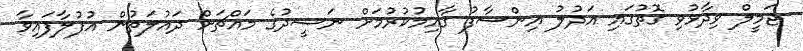
ޖަމީލް ވިދާޅުވި ގޮތުގައި އަދުލު އިންސާފު ގާއިމުކުރުމަށް ނަޝީދުގެ މައްޗަށް ދައުލަތުން އުފުލާފައިވާ